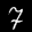
Label: 7